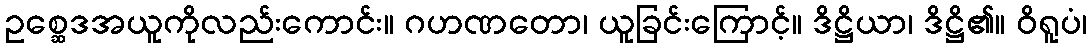
ဥစ္ဆေဒအယူကိုလည်းကောင်း။ ဂဟဏတော၊ ယူခြင်းကြောင့်။ ဒိဋ္ဌိယာ၊ ဒိဋ္ဌိ၏။ ဝိရူပံ၊